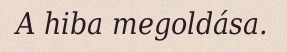
A hiba megoldása.